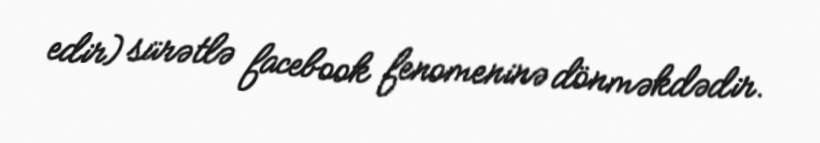
edir) sürətlə facebook fenomeninə dönməkdədir.